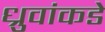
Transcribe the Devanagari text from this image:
ध्रुवांकडे